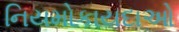
નિયમોકાયદાઓ